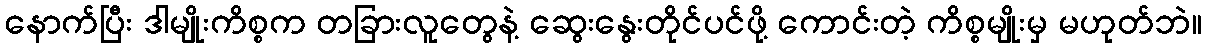
နောက်ပြီး ဒါမျိုးကိစ္စက တခြားလူတွေနဲ့ ဆွေးနွေးတိုင်ပင်ဖို့ ကောင်းတဲ့ ကိစ္စမျိုးမှ မဟုတ်ဘဲ။